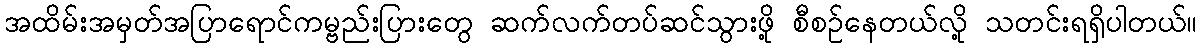
အထိမ်းအမှတ်အပြာရောင်ကမ္ဗည်းပြားတွေ ဆက်လက်တပ်ဆင်သွားဖို့ စီစဉ်နေတယ်လို့ သတင်းရရှိပါတယ်။